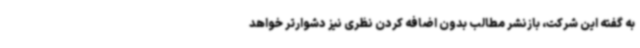
به گفته این شرکت، بازنشر مطالب بدون اضافه کردن نظری نیز دشوارتر خواهد